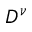
D ^ { \nu }